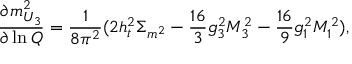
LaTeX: \frac { \partial m _ { U _ { 3 } } ^ { 2 } } { \partial \ln Q } = \frac { 1 } { 8 \pi ^ { 2 } } ( 2 h _ { t } ^ { 2 } \Sigma _ { m ^ { 2 } } - \frac { 1 6 } { 3 } g _ { 3 } ^ { 2 } M _ { 3 } ^ { 2 } - \frac { 1 6 } { 9 } g _ { 1 } ^ { 2 } M _ { 1 } ^ { 2 } ) ,